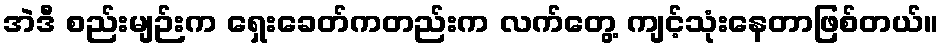
အဲဒီ စည်းမျဉ်းက ရှေးခေတ်ကတည်းက လက်တွေ့ ကျင့်သုံးနေတာဖြစ်တယ်။